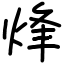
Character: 烽